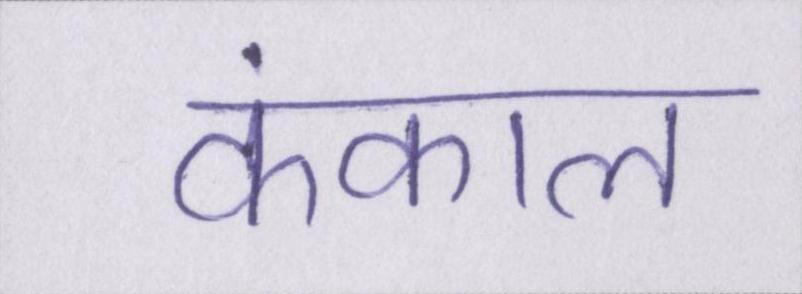
कंकाल